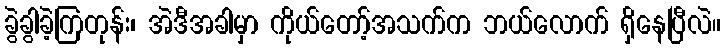
ခွဲခွါခဲ့ကြတုန်း၊ အဲဒီအခါမှာ ကိုယ်တော့်အသက်က ဘယ်လောက် ရှိနေပြီလဲ။